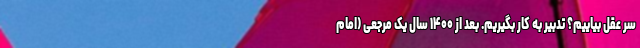
سر عقل بیاییم؟ تدبیر به کار بگیریم. بعد از ۱۴۰۰ سال یک مرجعی (امام